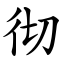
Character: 彻